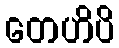
တေဟိပိ